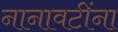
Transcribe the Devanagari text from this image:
नानावटींना